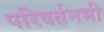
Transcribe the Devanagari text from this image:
परिवर्तनभी